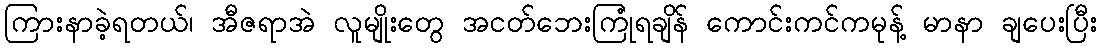
ကြားနာခဲ့ရတယ်၊ အီဇရာအဲ လူမျိုးတွေ အငတ်ဘေးကြုံရချိန် ကောင်းကင်ကမုန့် မာနာ ချပေးပြီး